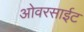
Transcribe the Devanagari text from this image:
ओवरसाईट